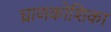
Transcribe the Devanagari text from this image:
घ्राणकोशिका